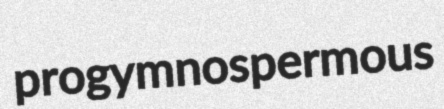
progymnospermous